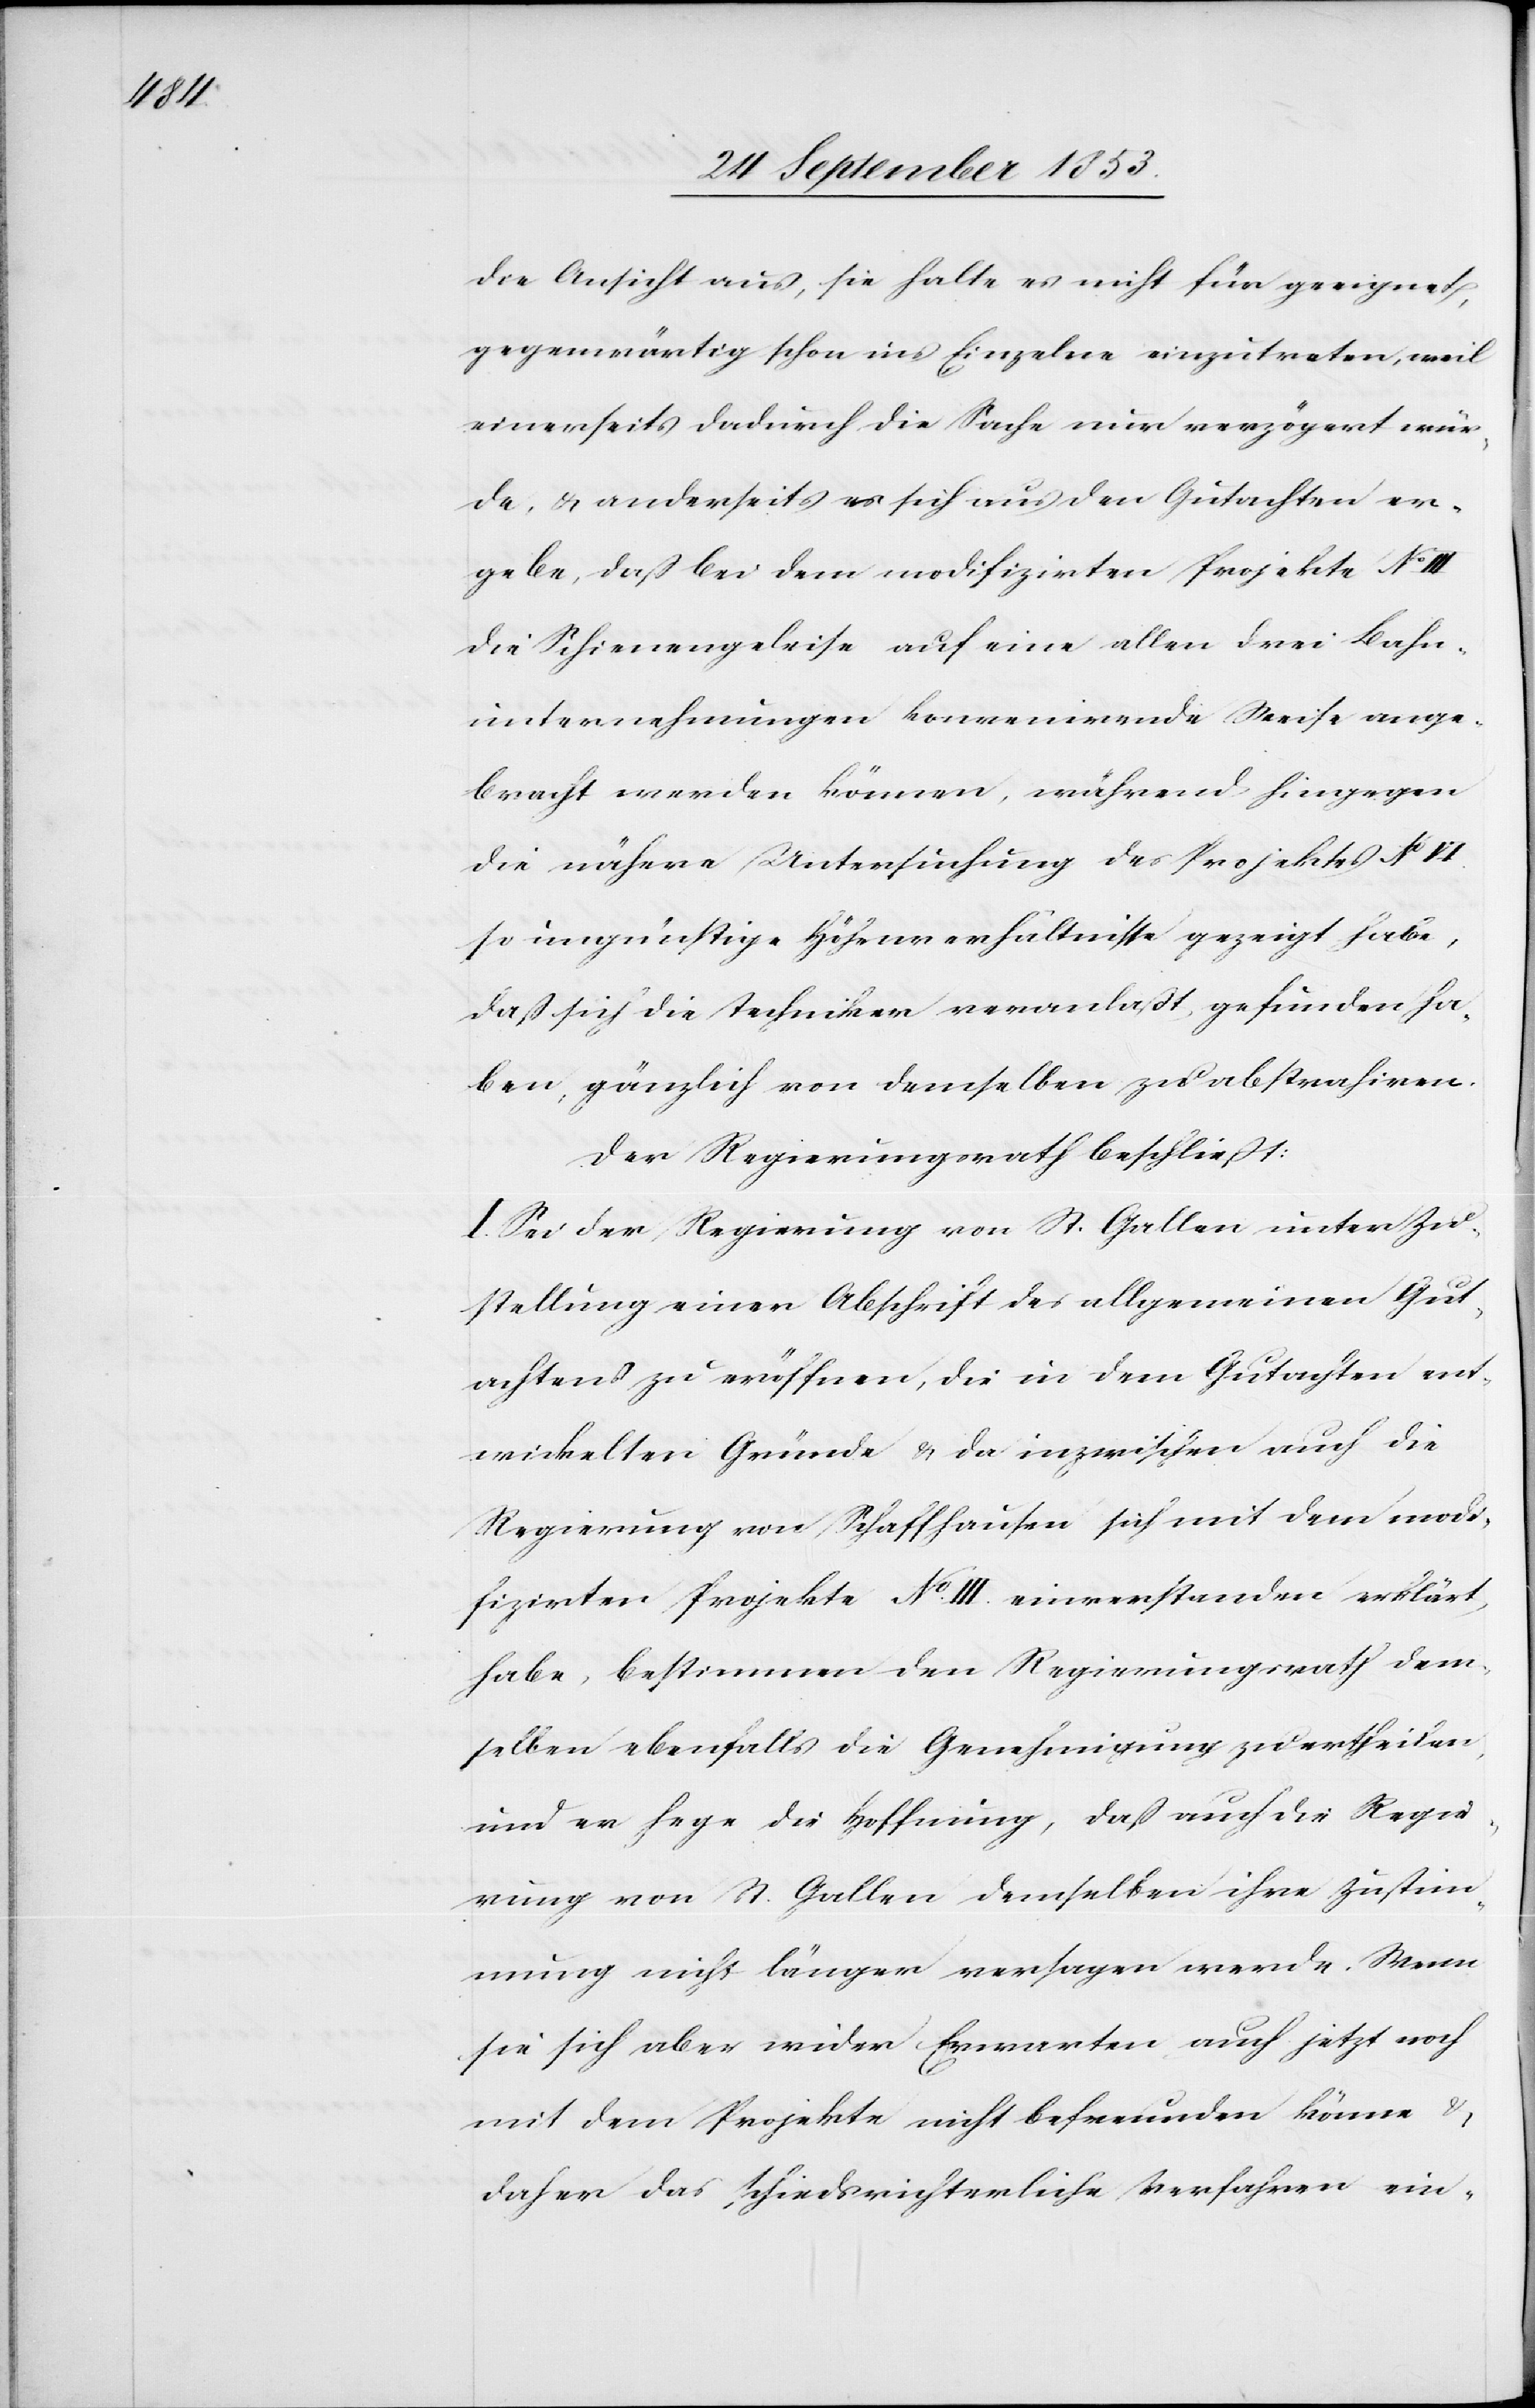
die Ansicht aus, sie halte es nicht für geeignet,
gegenwärtig schon ins Einzelne einzutreten, weil
einerseits dadurch die Sache nur verzögert wür¬
de, u. anderseits es sich aus den Gutachten er¬
gebe, daß bei dem modifizirten Projekte N°
die Schienengeleise auf eine allen drei Bahn¬
unternehmungen konvenirende Weise ange¬
bracht werden klönnen, während hingegen
die nähere Untersuchung des Projektes N°
so ungünstige Höhenverhältnisse gezeigt habe,
daß sich die Techniker veranlaßt, gefunden ha¬
ben, gänzlich von demselben zu abstrahiren.
Der Regierungsrath beschließt:
I. Sei der Regierung von St. Gallen unter Zu¬
stellung einer Abschrift des allgemeinen Gut¬
achtens zu eröffnen, die in dem Gutachten ent¬
wickelten Gründe u. da inzwischen auch die
Regierung von Schaffhausen sich mit dem modi¬
fizirten Projekte N° III. einverstanden eklärt
habe, bestimmen den Regierungsrath dem¬
selben ebenfalls die Genehmigung zu ertheilen,
und er hege die Hoffnung, daß auch die Regie¬
rung von St. Gallen demselben ihre Zustim¬
mung nicht länger versagen werde. Wenn
sie sich aber wider Erwarten auf jetzt noch
mit dem Projekte nicht befreunden könne u.
daher das schiedsrichterliche Verfahren ein-